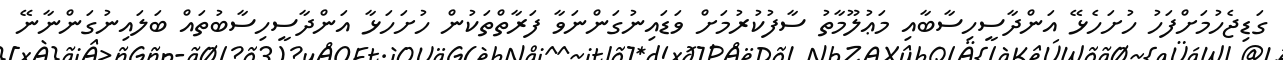
ގަޑިޖެހުމަށްފަހު ހުށަހެޅޭ އަންދާސީހިސާބާއި މަޢުލޫމާތު ސާފުކުރުމަށް ވަޑައިނުގަންނަވާ ފަރާތްތަކުން ހުށަހަޅާ އަންދާސީހިސާބުތައް ބަލައިނުގަންނާނޭ